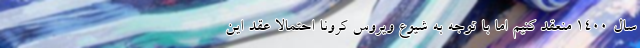
سال ۱۴۰۰ منعقد کنیم اما با توجه به شیوع ویروس کرونا احتمالاً عقد این